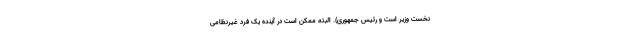
نخست وزیر است و رئیس جمهوری). البته ممکن است در آینده یک فرد غیرنظامی